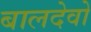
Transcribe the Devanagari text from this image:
बालदेवो